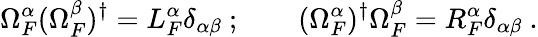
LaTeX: \Omega_{F}^{\alpha}(\Omega_{F}^{\beta})^{\dagger}=L_{F}^{\alpha}\delta_{\alpha\beta}\ ;\qquad(\Omega_{F}^{\alpha})^{\dagger}\Omega_{F}^{\beta}=R_{F}^{\alpha}\delta_{\alpha\beta}\ .